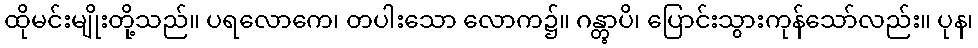
ထိုမင်းမျိုးတို့သည်။ ပရလောကေ၊ တပါးသော လောက၌။ ဂန္တွာပိ၊ ပြောင်းသွားကုန်သော်လည်း။ ပုန၊